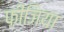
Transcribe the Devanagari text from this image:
फ़ीजिया